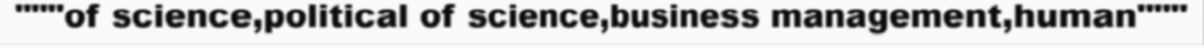
"""of science,political of science,business management,human"""